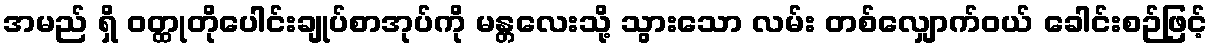
အမည် ရှိ ဝတ္ထုတိုပေါင်းချုပ်စာအုပ်ကို မန္တလေးသို့ သွားသော လမ်း တစ်လျှောက်ဝယ် ခေါင်းစဉ်ဖြင့်